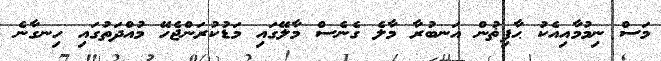
މަސް ނިމުމާއިއެކު ޙާފިޡުން އަނބުރާ މާލެ ގެނެސް މާލޭގައި މަޑުކުރަންޖެހޭ މުއްދަތުގައި ހިނގާނެ